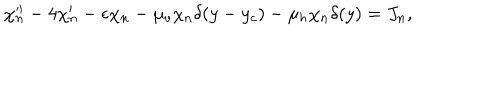
~ \chi _ { n } ^ { \prime \prime } - 4 \chi _ { n } ^ { \prime } - \epsilon \chi _ { n } - \mu _ { v } \chi _ { n } \delta ( y - y _ { c } ) - \mu _ { h } \chi _ { n } \delta ( y ) = J _ { n } ,